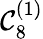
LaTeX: {\mathcal{C}}_{8}^{(1)}